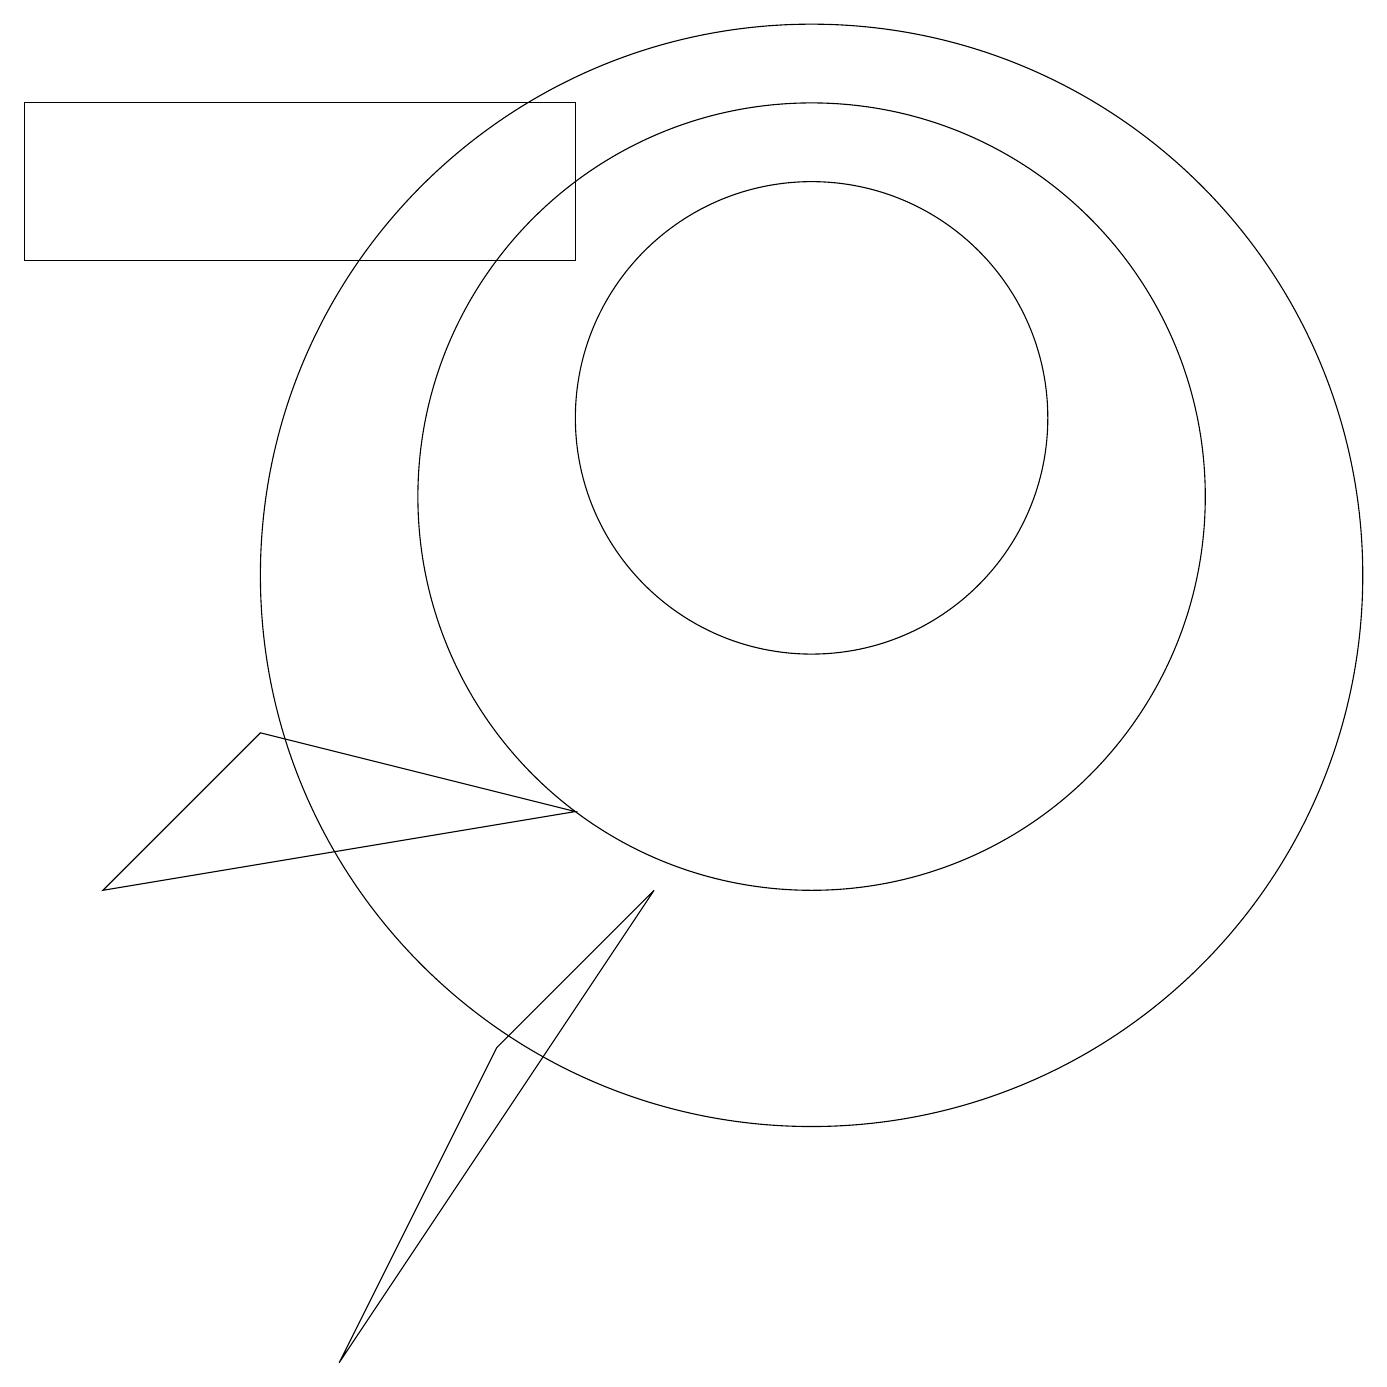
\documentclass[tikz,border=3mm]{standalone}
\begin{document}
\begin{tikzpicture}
\draw (4,8) -- (8,7) -- (2,6) -- cycle;
\draw (9,6) -- (5,0) -- (7,4) -- cycle;
\draw (11,12) circle (3);
\draw (11,10) circle (7);
\draw (11,11) circle (5);
\draw (8,14) rectangle (1,16);
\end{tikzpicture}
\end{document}